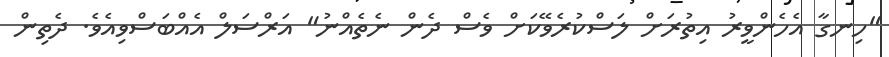
"ހިނގާ އެހެންވީރު އިތުރަށް ލަސްކުރެވޭކަށް ވެސް ދެން ނެތެއްނު" އަރްސަލް އެއްބަސްވިއެވެ. ދެތިން